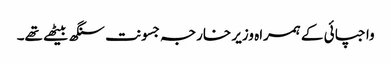
واجپائی کے ہمراہ وزیر خارجہ جسونت سنگھ بیٹھے تھے۔